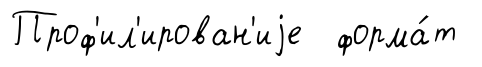
Проф'ил'ирован'иjе форма́т